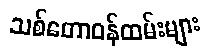
သစ်တောဝန်ထမ်းများ